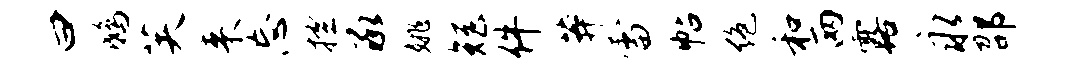
曰鸱芙来忘控承姚矩件莽雷帖绝和两露永邵